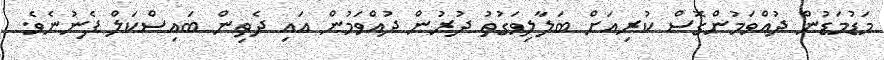
މަޑުމަޑުން ދުއްވަމުންގޮސް ކުރިއަށް ބަލާލިވަގުތު ދުރުން ދުއްވަމުން އައި ދެތިން ބައިސްކަލް ފެނުނެވެ.